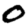
Digit: 0